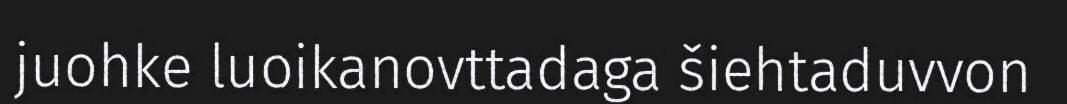
juohke luoikanovttadaga šiehtaduvvon